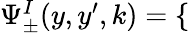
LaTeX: \begin{array}{r}{\Psi_{\pm}^{I}(y,y^{\prime},k)=\left\{ \begin{array}{rl}\end{array}\right.}\end{array}